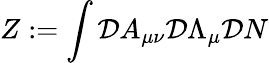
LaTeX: Z:=\int{\cal D}A_{\mu\nu}{\cal D}\Lambda_{\mu}{\cal D}N